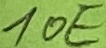
Text: 10E